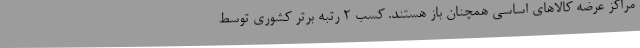
مراکز عرضه کالاهای اساسی همچنان باز هستند. کسب 2 رتبه برتر کشوری توسط